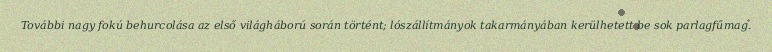
További nagy fokú behurcolása az első világháború során történt; lószállítmányok takarmányában kerülhetett be sok parlagfűmag.